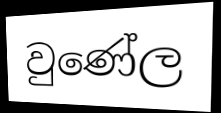
වුණේල